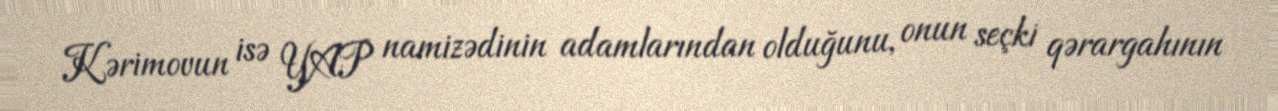
Kərimovun isə YAP namizədinin adamlarından olduğunu, onun seçki qərargahının